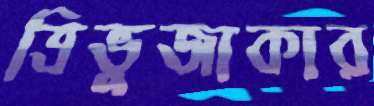
ত্রিভুজাকার